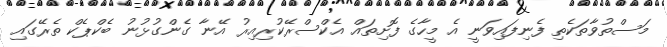
މަސްތުވާތަކެތި ފެނިފައިވަނީ އެ މީހާގެ ފޮށިތައް އެކްސްރޭކުރިއިރު އޭނާ ގެންގުޅުނު ބެކްޕެކް ތެރޭގައި